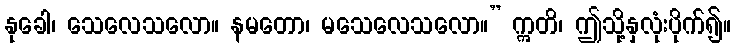
နုခေါ၊ သေလေသလော။ နမတော၊ မသေလေသလော။” ဣတိ၊ ဤသို့နှလုံးပိုက်၍။